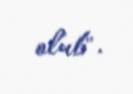
olub".